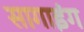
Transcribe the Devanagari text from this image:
सागाइंग